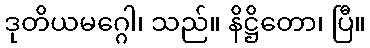
ဒုတိယမဂ္ဂေါ၊ သည်။ နိဋ္ဌိတော၊ ပြီ။